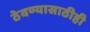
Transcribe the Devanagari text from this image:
ठेवण्यासाठीही